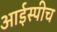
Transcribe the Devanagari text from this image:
आईस्पीच